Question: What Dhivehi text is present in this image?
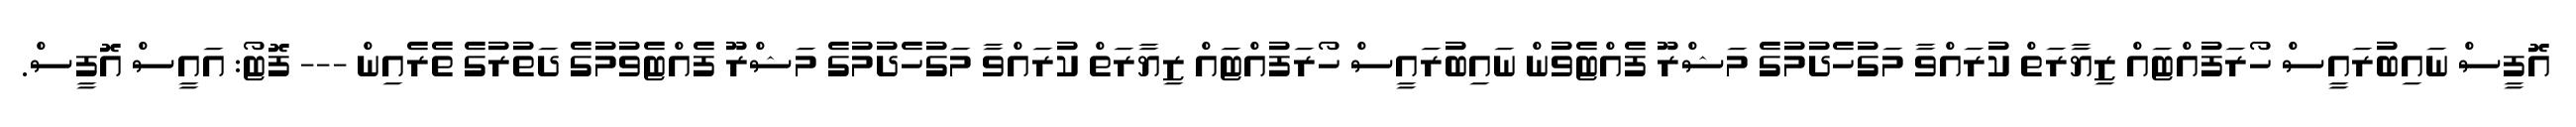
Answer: އޮފީސް ނައިބުރައީސް ހޯރަފުއްޓައް ޒިޔާރަތް ކުރައްވާ މަގުހެދުމުގެ މަޝްރޫ ފެއްޓެވުން ނައިބުރައީސް ހޯރަފުއްޓައް ޒިޔާރަތް ކުރައްވާ މަގުހެދުމުގެ މަޝްރޫ ފެއްޓެވުމުގެ ދަތުރުގެ ތެރެއިން --- ފޮޓޯ: އައީސް އޮފީސް.